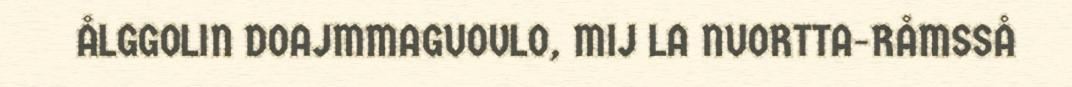
ÅLGGOLIN DOAJMMAGUOVLO, MIJ LA NUORTTA-RÅMSSÅ